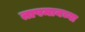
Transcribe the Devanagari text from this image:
तापमानच्या